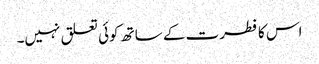
اس کا فطرت کے ساتھ کوئی تعلق نہیں۔